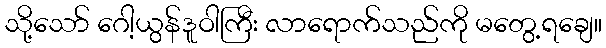
သို့သော် ဂေါ့ယွန်ဒူဝါကြီး လာရောက်သည်ကို မတွေ့ရချေ။